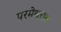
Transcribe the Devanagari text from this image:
परमेश्वरास